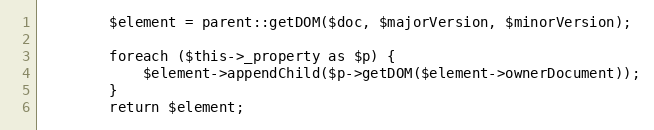
Language: PHP
        $element = parent::getDOM($doc, $majorVersion, $minorVersion);

        foreach ($this->_property as $p) {
            $element->appendChild($p->getDOM($element->ownerDocument));
        }
        return $element;